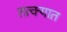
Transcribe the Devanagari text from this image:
तत्क्यात